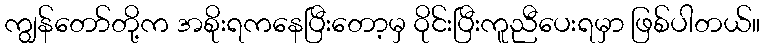
ကျွန်တော်တို့က အစိုးရကနေပြီးတော့မှ ဝိုင်းပြီးကူညီပေးရမှာ ဖြစ်ပါတယ်။